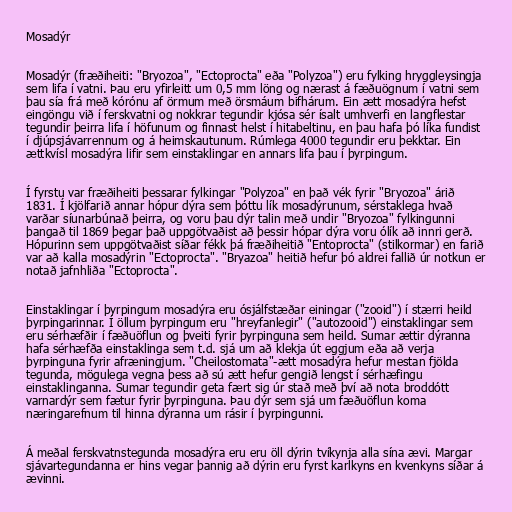
Mosadýr

Mosadýr (fræðiheiti: "Bryozoa", "Ectoprocta" eða "Polyzoa") eru fylking hryggleysingja
sem lifa í vatni. Þau eru yfirleitt um 0,5 mm löng og nærast á fæðuögnum í vatni sem
þau sía frá með kórónu af örmum með örsmáum bifhárum. Ein ætt mosadýra hefst
eingöngu við í ferskvatni og nokkrar tegundir kjósa sér ísalt umhverfi en langflestar
tegundir þeirra lifa í höfunum og finnast helst í hitabeltinu, en þau hafa þó líka fundist
í djúpsjávarrennum og á heimskautunum. Rúmlega 4000 tegundir eru þekktar. Ein
ættkvísl mosadýra lifir sem einstaklingar en annars lifa þau í þyrpingum.

Í fyrstu var fræðiheiti þessarar fylkingar "Polyzoa" en það vék fyrir "Bryozoa" árið
1831. Í kjölfarið annar hópur dýra sem þóttu lík mosadýrunum, sérstaklega hvað
varðar síunarbúnað þeirra, og voru þau dýr talin með undir "Bryozoa" fylkingunni
þangað til 1869 þegar það uppgötvaðist að þessir hópar dýra voru ólík að innri gerð.
Hópurinn sem uppgötvaðist síðar fékk þá fræðiheitið "Entoprocta" (stilkormar) en farið
var að kalla mosadýrin "Ectoprocta". "Bryazoa" heitið hefur þó aldrei fallið úr notkun er
notað jafnhliða "Ectoprocta".

Einstaklingar í þyrpingum mosadýra eru ósjálfstæðar einingar ("zooid") í stærri heild
þyrpingarinnar. Í öllum þyrpingum eru "hreyfanlegir" ("autozooid") einstaklingar sem
eru sérhæfðir í fæðuöflun og þveiti fyrir þyrpinguna sem heild. Sumar ættir dýranna
hafa sérhæfða einstaklinga sem t.d. sjá um að klekja út eggjum eða að verja
þyrpinguna fyrir afræningjum. "Cheilostomata"-ætt mosadýra hefur mestan fjölda
tegunda, mögulega vegna þess að sú ætt hefur gengið lengst í sérhæfingu
einstaklinganna. Sumar tegundir geta fært sig úr stað með því að nota broddótt
varnardýr sem fætur fyrir þyrpinguna. Þau dýr sem sjá um fæðuöflun koma
næringarefnum til hinna dýranna um rásir í þyrpingunni.

Á meðal ferskvatnstegunda mosadýra eru eru öll dýrin tvíkynja alla sína ævi. Margar
sjávartegundanna er hins vegar þannig að dýrin eru fyrst karlkyns en kvenkyns síðar á
ævinni.